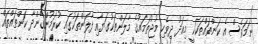
ނަމަވެސް އެ ކަންތައްތަކަކީ މިއަދު ދިވެހި މުޖުތަމައުގެ މާލަންތަކުގަޔާއި ފާލަންތަކުގައި ކުރަމުންގެންދާ ކަންތައްތައް